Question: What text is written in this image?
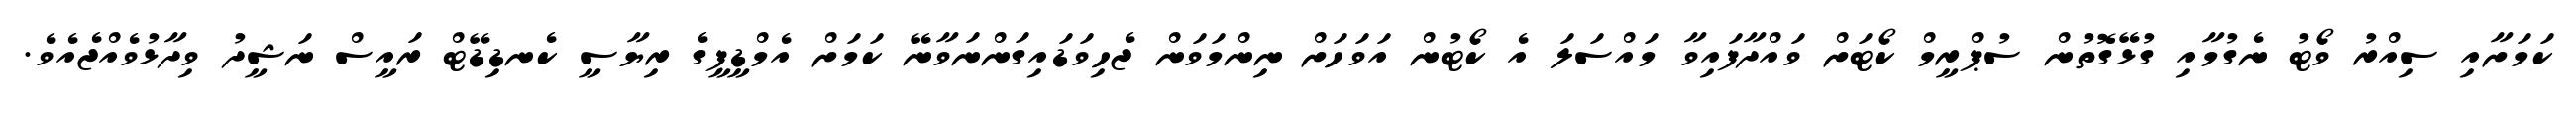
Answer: ކަމަށާއި ސިއްރު ވޯޓު ނެގުމާއި ގުޅޭގޮތުން ސުޕްރީމް ކޯޓަށް ވައްދާފައިވާ މައްސަލަ އެ ކޯޓުން އަވަހަށް ނިންމަވަން ޖެހިވަޑައިގަންނަވާނޭ ކަމަށް އެމްޑީޕީގެ ރިޔާސީ ކެނޑިޑޭޓް ރައީސް ނަޝީދު ވިދާޅުވެއްޖެއެވެ.